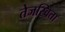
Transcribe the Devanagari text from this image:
तेजस्‍विता